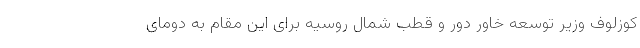
کوزلوف وزیر توسعه خاور دور و قطب شمال روسیه برای این مقام به دومای